Triennial report on the lunatic asylums in the province of Eastern Bengal and Assam - 1903-1911
Year: 1903
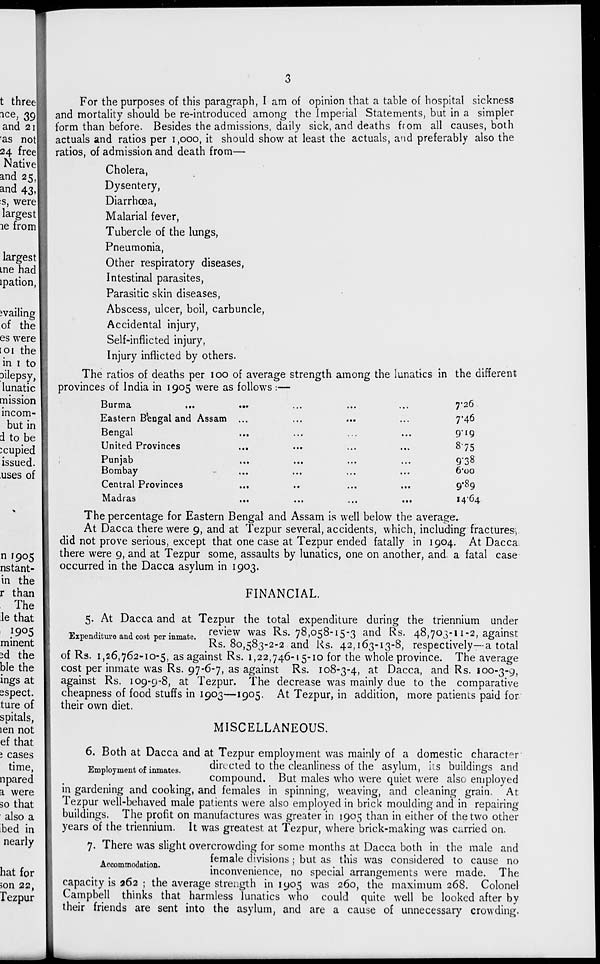
3
For the purposes of this paragraph, I am of opinion that a table of hospital sickness
and mortality should be re-introduced among the Imperial Statements, but in a simpler
form than before. Besides the admissions, daily sick, and deaths from all causes, both
actuals and ratios per 1,000, it should show at least the actuals, and preferably also the
ratios, of admission and death from—
Cholera,
Dysentery,
Diarrhœa,
Malarial fever,
Tubercle of the lungs,
Pneumonia,
Other respiratory diseases,
Intestinal parasites,
Parasitic skin diseases,
Abscess, ulcer, boil, carbuncle,
Accidental injury,
Self-inflicted injury,
Injury inflicted by others.
The ratios of deaths per 100 of average strength among the lunatics in the different
provinces of India in 1905 were as follows :—
Burma
... ... ... ... ...
Eastern B'engal and Assam ... ... ... ...
Bengal
... ... ... ...
United Provinces ... ... ... ...
Punjab ... ... ... ...
Bombay ... ... ... ...
Central Provinces ... ... ... ...
Madras
...
...
...
...
7.26
7.46
9.19
8.75
9.38
6.00
9.89
14.64
The percentage for Eastern Bengal and Assam is well below the average.
At Dacca there were 9, and at Tezpur several, accidents, which, including fractures,
did not prove serious, except that one case at Tezpur ended fatally in 1904. At Dacca
there were 9, and at Tezpur some, assaults by lunatics, one on another, and. a fatal case
occurred in the Dacca asylum in 1903.
FINANCIAL.
Expenditure and cost per inmate.
5. At Dacca and at Tezpur the total expenditure during the triennium under
review was Rs. 78,058-15-3 and Rs. 48,703-11-2, against
Rs. 80,583-2-2 and Rs. 42,163-13-8, respectively—a total
of Rs. 1,26,762-10-5, as against Rs. 1,22,746-15-10 for the whole province. The average
cost per inmate was Rs. 97-6-7, as against Rs. 108-3-4, at Dacca, and Rs. 100-3-9,
against Rs. 109-9-8, at Tezpur. The decrease was mainly due to the comparative
cheapness of food stuffs in 1903—1905. At Tezpur, in addition, more patients paid for
their own diet.
MISCELLANEOUS.
Employment of inmates.
6. Both at Dacca and at Tezpur employment was mainly of a domestic character
directed to the cleanliness of the asylum, its buildings and
compound. But males who were quiet were also employed
in gardening and cooking, and females in spinning, weaving, and cleaning grain. At
Tezpur well-behaved male patients were also employed in brick moulding and in repairing
buildings. The profit on manufactures was greater in 1905 than in either of the two other
years of the triennium. It was greatest at Tezpur, where brick-making was carried on.
Accommodation.
7. There was slight overcrowding for some months at Dacca both in the male and
female divisions ; but as this was considered to cause no
inconvenience, no special arrangements were made. The
capacity is 262 ; the average strength in 1905 was 260, the maximum 268. Colonel
Campbell thinks that harmless lunatics who could quite well be looked after by
their friends are sent into the asylum, and are a cause of unnecessary crowding.